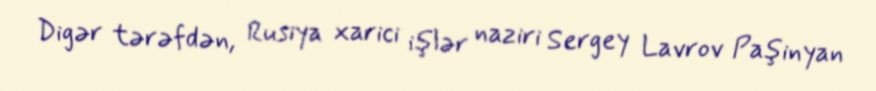
Digər tərəfdən, Rusiya xarici işlər naziri Sergey Lavrov Paşinyan